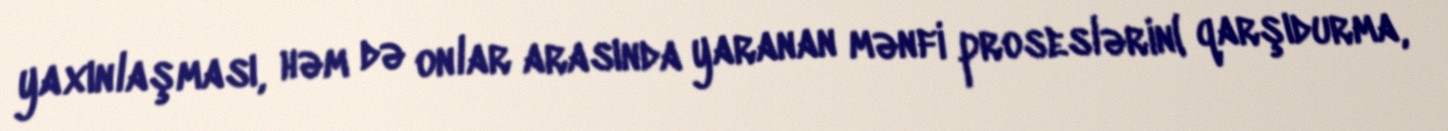
yaxınlaşması, həm də onlar arasında yaranan mənfi proseslərin( qarşıdurma,